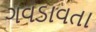
ગવડાવતા